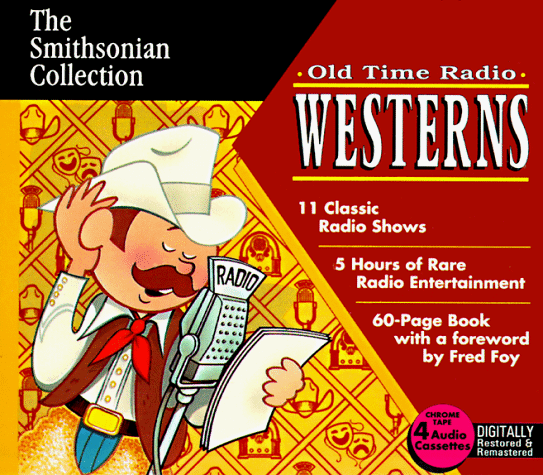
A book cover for Smithsonian: Western Favorites (Smithsonian Collection); Humor & Entertainment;